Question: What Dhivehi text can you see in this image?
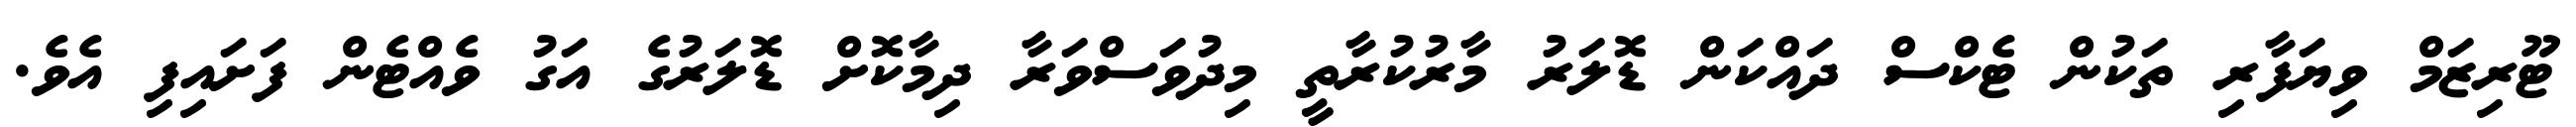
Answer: ޓޫރިޒަމް ވިޔަފާރި ތަކުން ޓެކްސް ދައްކަން ޑޮލަރު މާރުކުރާތީ މިދުވަސްވަރާ ދިމާކޮށް ޑޮލަރުގެ އަގު ވެއްޓެން ފަށައިފި އެވެ.